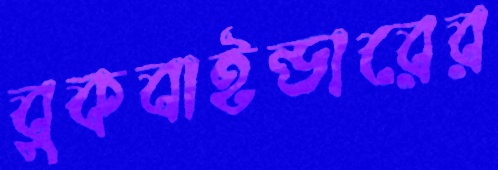
বুকবাইন্ডারের